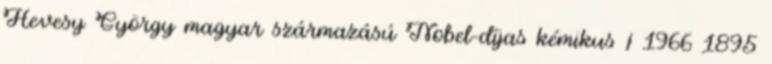
Hevesy György magyar származású Nobel-díjas kémikus † 1966 1895